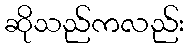
ဆိုသည်ကလည်း